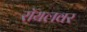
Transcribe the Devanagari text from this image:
रॉयलवर